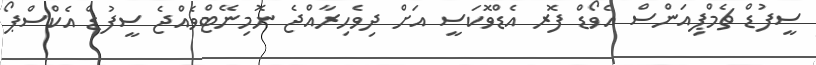
ސީފުޑް ޗެމްޕިއަންސް އެވޯޑް ފޮރ އެޑްވޮކަސީ އަށް ދިވެހިރާއްޖެ ނޮމިނޭޓްވެއްޖެ ސީފުޑް އެކްސްޕޯ